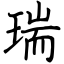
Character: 瑞